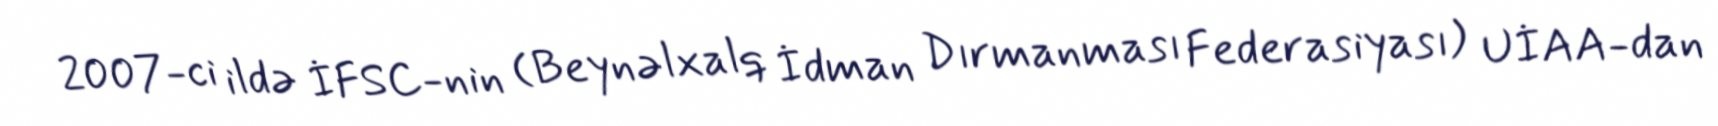
2007-ci ildə İFSC-nin (Beynəlxalq İdman Dırmanması Federasiyası) UİAA-dan